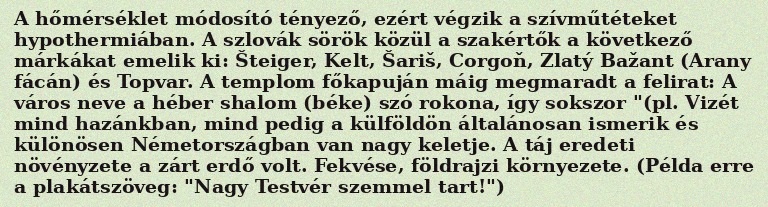
A hőmérséklet módosító tényező, ezért végzik a szívműtéteket hypothermiában. A szlovák sörök közül a szakértők a következő márkákat emelik ki: Šteiger, Kelt, Šariš, Corgoň, Zlatý Bažant (Arany fácán) és Topvar. A templom főkapuján máig megmaradt a felirat: A város neve a héber shalom (béke) szó rokona, így sokszor "(pl. Vizét mind hazánkban, mind pedig a külföldön általánosan ismerik és különösen Németországban van nagy keletje. A táj eredeti növényzete a zárt erdő volt. Fekvése, földrajzi környezete. (Példa erre a plakátszöveg: "Nagy Testvér szemmel tart!")